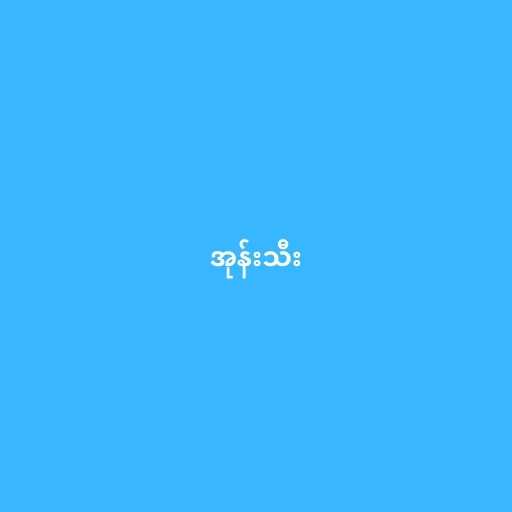
အုန်းသီး